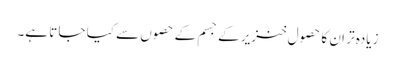
زیادہ تر ان کا حصول خنزیر کے جسم کے حصوں سے کیا جا تا ہے۔